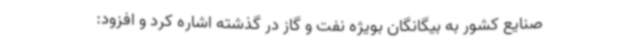
صنایع کشور به بیگانگان بویژه نفت و گاز در گذشته اشاره کرد و افزود: